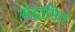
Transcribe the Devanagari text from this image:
संदामित